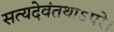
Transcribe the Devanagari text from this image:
सत्यदेवंतथाऽपरे।